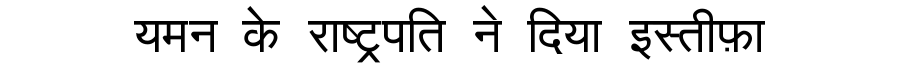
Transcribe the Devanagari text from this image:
यमन के राष्ट्रपति ने दिया इस्तीफ़ा